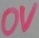
Text: 0V